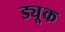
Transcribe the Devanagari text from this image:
ड्यू्क